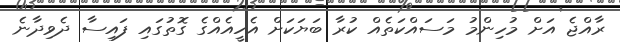
ރާއްޖެ އަށް މުހިންމު މަސައްކަތެއް ކުރާ ބަޔަކަށް އެހީއެއްގެ ގޮތުގައި ފައިސާ ދެވިދާނެ